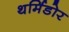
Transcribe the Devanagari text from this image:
थर्मिडोर